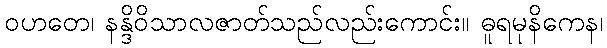
ဝဟတေ၊ နန္ဒိဝိသာလဇာတ်သည်လည်းကောင်း။ ဓူရမုနိကေန၊